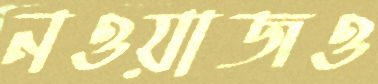
নওয়াজও